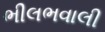
ભીલભવાલી